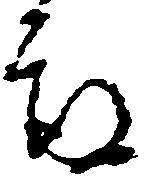
期